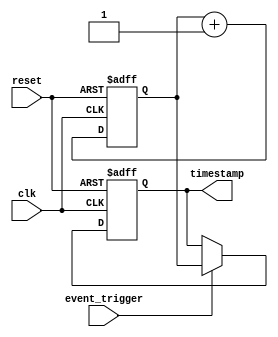
module Timing_control_and_synchronization_block (
    input wire clk,
    input wire reset,
    input wire event_trigger,
    output reg [31:0] timestamp
);

reg [31:0] timer;

always @(posedge clk or posedge reset) begin
    if (reset) begin
        timer <= 32'b0;
        timestamp <= 32'b0;
    end else begin
        timer <= timer + 1;
        if (event_trigger) begin
            timestamp <= timer;
        end
    end
end

endmodule